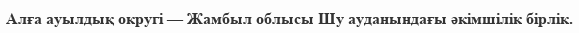
Алға ауылдық округі — Жамбыл облысы Шу ауданындағы әкімшілік бірлік.